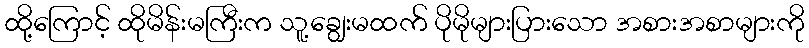
ထို့ကြောင့် ထိုမိန်းမကြီးက သူ့ချွေးမထက် ပိုမိုများပြားသော အစားအစာများကို